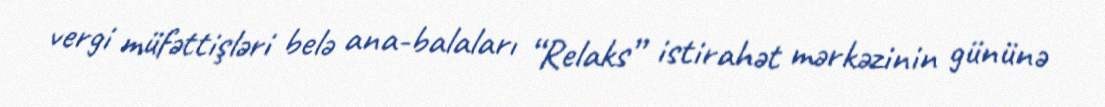
vergi müfəttişləri belə ana-balaları “Relaks” istirahət mərkəzinin gününə